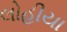
લોહીયા